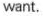
want.